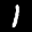
Label: 1